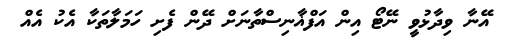
އޭނާ ވިދާޅުވީ ނޭޓޯ އިން އަފްޣާނިސްތާނަށް ދޭން ފެށި ހަމަލާތަކާ އެކު އެއް